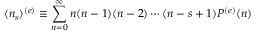
\langle n _ { s } \rangle ^ { ( e ) } \equiv \sum _ { n = 0 } ^ { \infty } n ( n - 1 ) ( n - 2 ) \cdots ( n - s + 1 ) P ^ { ( e ) } ( n )